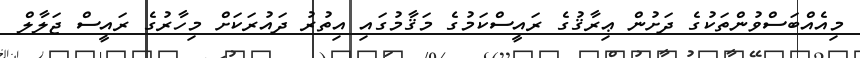
މިއެއްބަސްވުންތަކުގެ ދަށުން ޢިރާޤުގެ ރައީސްކަމުގެ މަޤާމުގައި އިތުރު ދައުރަކަށް މިހާރުގެ ރައީސް ޖަލާލް